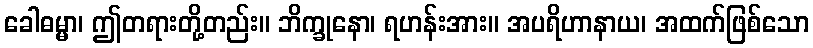
ခေါဓမ္မာ၊ ဤတရားတို့တည်း။ ဘိက္ခုနော၊ ရဟန်းအား။ အပရိဟာနာယ၊ အထက်ဖြစ်သော